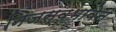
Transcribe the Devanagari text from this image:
निजस्वभावेन